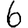
Digit: 6